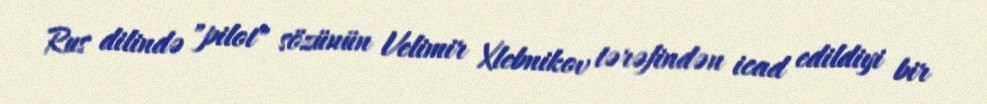
Rus dilində "pilot" sözünün Velimir Xlebnikov tərəfindən icad edildiyi bir